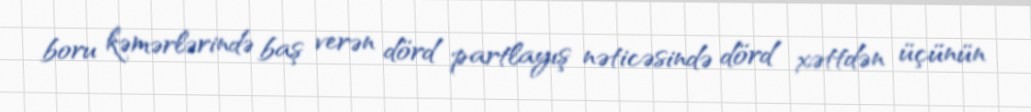
boru kəmərlərində baş verən dörd partlayış nəticəsində dörd xəttdən üçünün